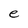
Character: e